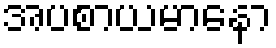
အပစာယမာနော